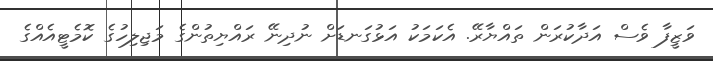
ވަޒީފާ ވެސް އަދާކުރަން ތައްޔާރޭ. އެކަމަކު އަޅުގަނޑަށް ނުދިނޭ ރައްޔިތުންގެ މަޖިލިހުގެ ކޮމެޓީއެއްގެ